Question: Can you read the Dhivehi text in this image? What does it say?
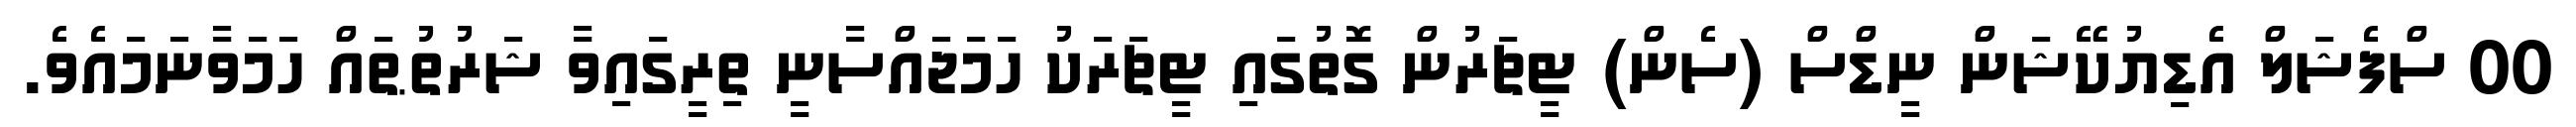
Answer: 00 ސްފެޝަލް އެޑިޔުކޭޝަން ނީޑްސް (ސެން) ޓީޗަރުން ގޮތުގައި ޓީޗަރަކު ހަމަޖައްސާނީ ތިރީގައިވާ ޝަރުތުޠައް ހަމަވާނަމައެވެ.